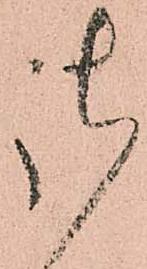
御